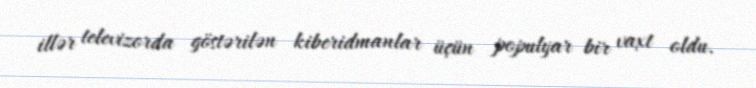
illər televizorda göstərilən kiberidmanlar üçün populyar bir vaxt oldu.